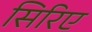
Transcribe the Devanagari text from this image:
सिरिए